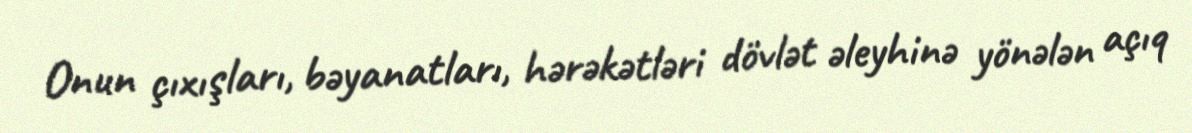
Onun çıxışları, bəyanatları, hərəkətləri dövlət əleyhinə yönələn açıq